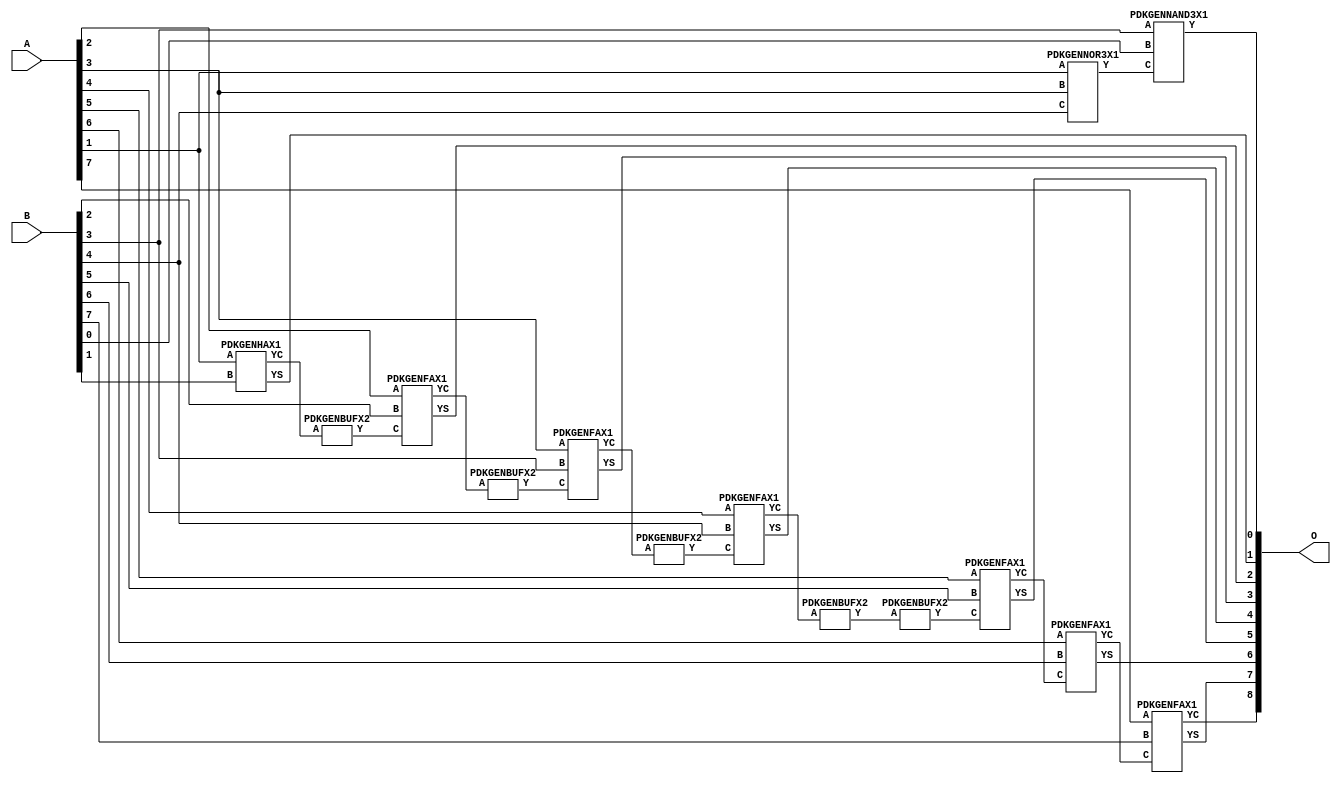
// Library = EvoApprox8b
// Circuit = add8_390
// Area   (180) = 1020
// Delay  (180) = 1.750
// Power  (180) = 346.00
// Area   (45) = 75
// Delay  (45) = 0.690
// Power  (45) = 32.17
// Nodes = 14
// HD = 65408
// MAE = 0.53125
// MSE = 0.56250
// MRE = 0.29 %
// WCE = 2
// WCRE = 100 %
// EP = 51.6 %

module add8_390(A, B, O);
  input [7:0] A;
  input [7:0] B;
  output [8:0] O;
  wire [2031:0] N;

  assign N[0] = A[0];
  assign N[1] = A[0];
  assign N[2] = A[1];
  assign N[3] = A[1];
  assign N[4] = A[2];
  assign N[5] = A[2];
  assign N[6] = A[3];
  assign N[7] = A[3];
  assign N[8] = A[4];
  assign N[9] = A[4];
  assign N[10] = A[5];
  assign N[11] = A[5];
  assign N[12] = A[6];
  assign N[13] = A[6];
  assign N[14] = A[7];
  assign N[15] = A[7];
  assign N[16] = B[0];
  assign N[17] = B[0];
  assign N[18] = B[1];
  assign N[19] = B[1];
  assign N[20] = B[2];
  assign N[21] = B[2];
  assign N[22] = B[3];
  assign N[23] = B[3];
  assign N[24] = B[4];
  assign N[25] = B[4];
  assign N[26] = B[5];
  assign N[27] = B[5];
  assign N[28] = B[6];
  assign N[29] = B[6];
  assign N[30] = B[7];
  assign N[31] = B[7];

  PDKGENNOR3X1 n34(.A(N[2]), .B(N[6]), .C(N[24]), .Y(N[34]));
  PDKGENNAND3X1 n76(.A(N[22]), .B(N[16]), .C(N[34]), .Y(N[76]));
  PDKGENHAX1 n82(.A(N[2]), .B(N[18]), .YS(N[82]), .YC(N[83]));
  PDKGENBUFX2 n112(.A(N[83]), .Y(N[112]));
  assign N[113] = N[112];
  PDKGENFAX1 n132(.A(N[4]), .B(N[20]), .C(N[113]), .YS(N[132]), .YC(N[133]));
  PDKGENBUFX2 n174(.A(N[133]), .Y(N[174]));
  PDKGENFAX1 n182(.A(N[6]), .B(N[22]), .C(N[174]), .YS(N[182]), .YC(N[183]));
  PDKGENBUFX2 n208(.A(N[183]), .Y(N[208]));
  PDKGENFAX1 n232(.A(N[8]), .B(N[24]), .C(N[208]), .YS(N[232]), .YC(N[233]));
  PDKGENBUFX2 n248(.A(N[233]), .Y(N[248]));
  PDKGENBUFX2 n268(.A(N[248]), .Y(N[268]));
  assign N[269] = N[268];
  PDKGENFAX1 n282(.A(N[10]), .B(N[26]), .C(N[269]), .YS(N[282]), .YC(N[283]));
  PDKGENFAX1 n332(.A(N[12]), .B(N[28]), .C(N[283]), .YS(N[332]), .YC(N[333]));
  PDKGENFAX1 n382(.A(N[14]), .B(N[30]), .C(N[333]), .YS(N[382]), .YC(N[383]));

  assign O[0] = N[76];
  assign O[1] = N[82];
  assign O[2] = N[132];
  assign O[3] = N[182];
  assign O[4] = N[232];
  assign O[5] = N[282];
  assign O[6] = N[332];
  assign O[7] = N[382];
  assign O[8] = N[383];

endmodule
/* mod */
module PDKGENFAX1( input A, input B, input C, output YS, output YC );
    assign YS = (A ^ B) ^ C;
    assign YC = (A & B) | (B & C) | (A & C);
endmodule
/* mod */
module PDKGENNOR3X1(input A, input B, input C, output Y );
     assign Y = ~((A | B) | C);
endmodule
/* mod */
module PDKGENHAX1( input A, input B, output YS, output YC );
    assign YS = A ^ B;
    assign YC = A & B;
endmodule
/* mod */
module PDKGENNAND3X1(input A, input B, input C, output Y );
     assign Y = ~((A & B) & C);
endmodule
/* mod */
module PDKGENBUFX2(input A, output Y );
     assign Y = A;
endmodule